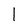
Character: l